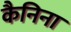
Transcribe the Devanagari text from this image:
कैनिना